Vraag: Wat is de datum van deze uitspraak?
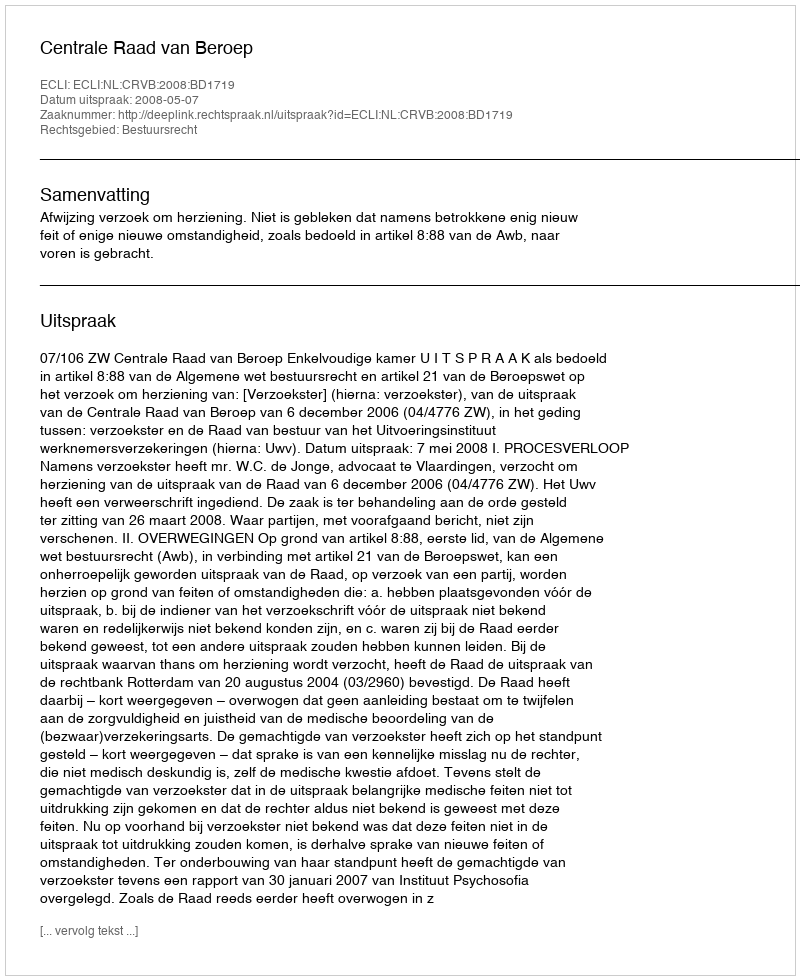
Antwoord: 2008-05-07